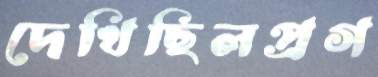
দেখিছিলপ্রগ